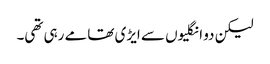
لیکن دو انگلیوں سے ایڑی تھامے رہی تھی۔